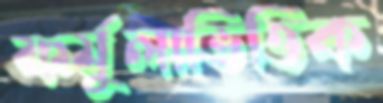
ফর্মুলাভিত্তিক